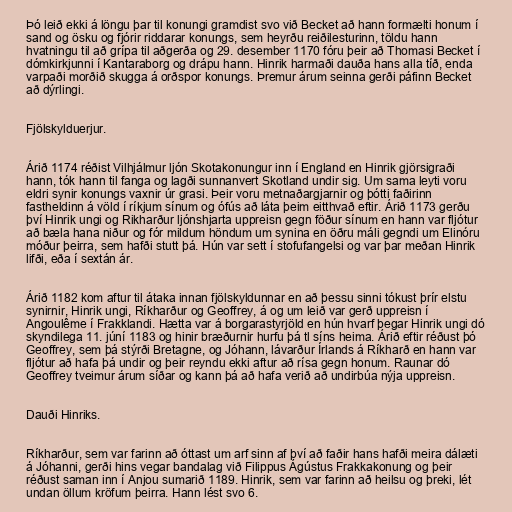
Þó leið ekki á löngu þar til konungi gramdist svo við Becket að hann formælti honum í
sand og ösku og fjórir riddarar konungs, sem heyrðu reiðilesturinn, töldu hann
hvatningu til að grípa til aðgerða og 29. desember 1170 fóru þeir að Thomasi Becket í
dómkirkjunni í Kantaraborg og drápu hann. Hinrik harmaði dauða hans alla tíð, enda
varpaði morðið skugga á orðspor konungs. Þremur árum seinna gerði páfinn Becket
að dýrlingi.

Fjölskylduerjur.

Árið 1174 réðist Vilhjálmur ljón Skotakonungur inn í England en Hinrik gjörsigraði
hann, tók hann til fanga og lagði sunnanvert Skotland undir sig. Um sama leyti voru
eldri synir konungs vaxnir úr grasi. Þeir voru metnaðargjarnir og þótti faðirinn
fastheldinn á völd í ríkjum sínum og ófús að láta þeim eitthvað eftir. Árið 1173 gerðu
því Hinrik ungi og Rikharður ljónshjarta uppreisn gegn föður sínum en hann var fljótur
að bæla hana niður og fór mildum höndum um synina en öðru máli gegndi um Elinóru
móður þeirra, sem hafði stutt þá. Hún var sett í stofufangelsi og var þar meðan Hinrik
lifði, eða í sextán ár.

Árið 1182 kom aftur til átaka innan fjölskyldunnar en að þessu sinni tókust þrír elstu
synirnir, Hinrik ungi, Ríkharður og Geoffrey, á og um leið var gerð uppreisn í
Angoulême í Frakklandi. Hætta var á borgarastyrjöld en hún hvarf þegar Hinrik ungi dó
skyndilega 11. júní 1183 og hinir bræðurnir hurfu þá tl síns heima. Árið eftir réðust þó
Geoffrey, sem þá stýrði Bretagne, og Jóhann, lávarður Írlands á Ríkharð en hann var
fljótur að hafa þá undir og þeir reyndu ekki aftur að rísa gegn honum. Raunar dó
Geoffrey tveimur árum síðar og kann þá að hafa verið að undirbúa nýja uppreisn.

Dauði Hinriks.

Ríkharður, sem var farinn að óttast um arf sinn af því að faðir hans hafði meira dálæti
á Jóhanni, gerði hins vegar bandalag við Filippus Ágústus Frakkakonung og þeir
réðust saman inn í Anjou sumarið 1189. Hinrik, sem var farinn að heilsu og þreki, lét
undan öllum kröfum þeirra. Hann lést svo 6.